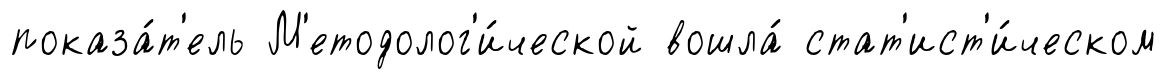
показа́т'ель М'етодолог'и́ческой вошла́ стат'ист'и́ческом